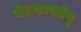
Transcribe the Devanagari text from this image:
वेदशास्त्रेषु